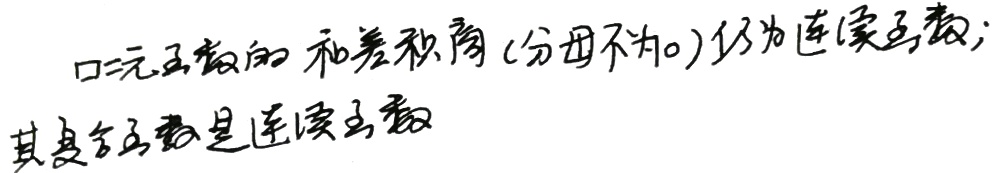
口二元函数的和差积商（分母不为0）仍为连续函数；其复合函数是连续函数。